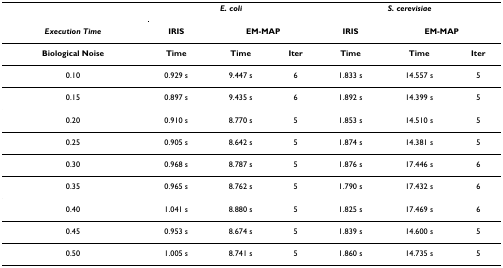
<table><thead><tr><td></td><td colspan="3"><b><i>E. coli</i></b></td><td colspan="3"><b><i>S. cerevisiae</i></b></td></tr><tr><td><b><i>Execution Time</i></b></td><td><b>IRIS</b></td><td colspan="2"><b>EM-MAP</b></td><td><b>IRIS</b></td><td colspan="2"><b>EM-MAP</b></td></tr></thead><tbody><tr><td><b>Biological Noise</b></td><td><b>Time</b></td><td><b>Time</b></td><td><b>Iter</b></td><td><b>Time</b></td><td><b>Time</b></td><td><b>Iter</b></td></tr><tr><td>0.10</td><td>0.929 s</td><td>9.447 s</td><td>6</td><td>1.833 s</td><td>14.557 s</td><td>5</td></tr><tr><td>0.15</td><td>0.897 s</td><td>9.435 s</td><td>6</td><td>1.892 s</td><td>14.399 s</td><td>5</td></tr><tr><td>0.20</td><td>0.910 s</td><td>8.770 s</td><td>5</td><td>1.853 s</td><td>14.510 s</td><td>5</td></tr><tr><td>0.25</td><td>0.905 s</td><td>8.642 s</td><td>5</td><td>1.874 s</td><td>14.381 s</td><td>5</td></tr><tr><td>0.30</td><td>0.968 s</td><td>8.787 s</td><td>5</td><td>1.876 s</td><td>17.446 s</td><td>6</td></tr><tr><td>0.35</td><td>0.965 s</td><td>8.762 s</td><td>5</td><td>1.790 s</td><td>17.432 s</td><td>6</td></tr><tr><td>0.40</td><td>1.041 s</td><td>8.880 s</td><td>5</td><td>1.825 s</td><td>17.469 s</td><td>6</td></tr><tr><td>0.45</td><td>0.953 s</td><td>8.674 s</td><td>5</td><td>1.839 s</td><td>14.600 s</td><td>5</td></tr><tr><td>0.50</td><td>1.005 s</td><td>8.741 s</td><td>5</td><td>1.860 s</td><td>14.735 s</td><td>5</td></tr></tbody></table>